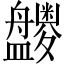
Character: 𪾝